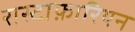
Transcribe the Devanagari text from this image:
रास्टाफ़ारियन